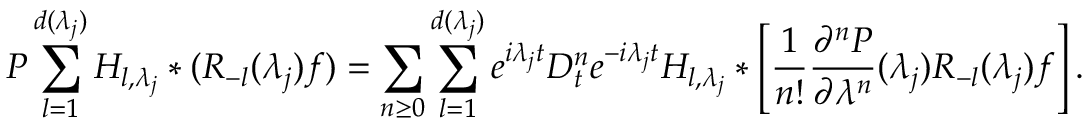
P \sum _ { l = 1 } ^ { d ( \lambda _ { j } ) } H _ { l , \lambda _ { j } } * ( R _ { - l } ( \lambda _ { j } ) f ) = \sum _ { n \geq 0 } \sum _ { l = 1 } ^ { d ( \lambda _ { j } ) } e ^ { i \lambda _ { j } t } D _ { t } ^ { n } e ^ { - i \lambda _ { j } t } H _ { l , \lambda _ { j } } * \left[ \frac { 1 } { n ! } \frac { \partial ^ { n } P } { \partial \lambda ^ { n } } ( \lambda _ { j } ) R _ { - l } ( \lambda _ { j } ) f \right] .